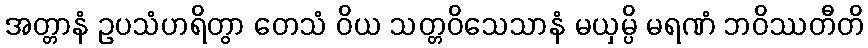
အတ္တာနံ ဥပသံဟရိတွာ တေသံ ဝိယ သတ္တဝိသေသာနံ မယှမ္ပိ မရဏံ ဘဝိဿတီတိ